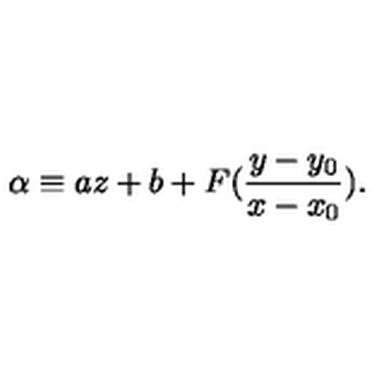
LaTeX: \alpha \equiv a z + b + F ( \frac { y - y _ { 0 } } { x - x _ { 0 } } ) .